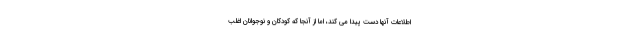
اطلاعات آنها دست پیدا می کند، اما از آنجا که کودکان و نوجوانان اغلب